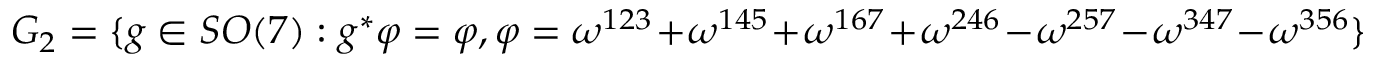
G _ { 2 } = \{ g \in S O ( 7 ) : g ^ { * } \varphi = \varphi , \varphi = \omega ^ { 1 2 3 } + \omega ^ { 1 4 5 } + \omega ^ { 1 6 7 } + \omega ^ { 2 4 6 } - \omega ^ { 2 5 7 } - \omega ^ { 3 4 7 } - \omega ^ { 3 5 6 } \}